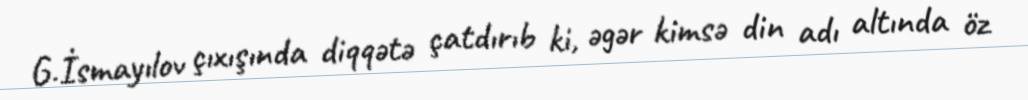
G.İsmayılov çıxışında diqqətə çatdırıb ki, əgər kimsə din adı altında öz